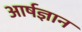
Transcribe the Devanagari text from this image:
आर्षज्ञान